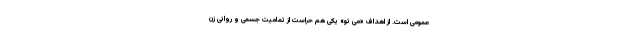
عمومی است. از اهداف «می تو» یکی هم حراست از تمامیت جسمی و روانی زن